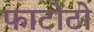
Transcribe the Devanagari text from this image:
फाटोटो